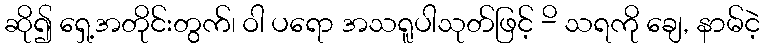
ဆို၍ ရှေ့အတိုင်းတွက်၊ ဝါ ပရော အသရူပါသုတ်ဖြင့် -ိ သရကို ချေ, နာမ်ငဲ့